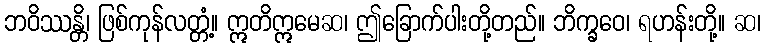
ဘဝိဿန္တိ၊ ဖြစ်ကုန်လတ္တံ့။ ဣတိဣမေဆ၊ ဤခြောက်ပါးတို့တည်။ ဘိက္ခဝေ၊ ရဟန်းတို့။ ဆ၊